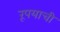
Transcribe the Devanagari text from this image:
रूपयाची